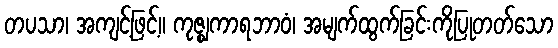
တပသာ၊ အကျင့်ဖြင့်။ ကုဇ္ဈကာရဘာဝံ၊ အမျက်ထွက်ခြင်းကိုပြုတတ်သော